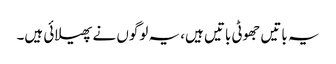
یہ باتیں جھوٹی باتیں ہیں، یہ لوگوں نے پھیلائی ہیں۔